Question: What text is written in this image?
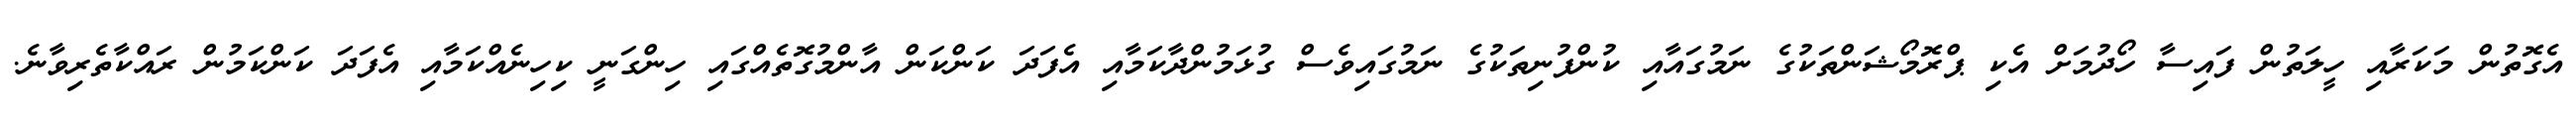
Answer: އެގޮތުން މަކަރާއި ހީލަތުން ފައިސާ ހޯދުމަށް އެކި ޕްރޮމޯޝަންތަކުގެ ނަމުގައާއި ކުންފުނިތަކުގެ ނަމުގައިވެސް ގުޅަމުންދާކަމާއި އެފަދަ ކަންކަން އާންމުގޮތެއްގައި ހިންގަނީ ކިހިނެއްކަމާއި އެފަދަ ކަންކަމުން ރައްކާތެރިވާނެ.